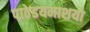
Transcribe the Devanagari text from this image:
पाठेडयमाशयो